Leaving Certificate Examination, 1923
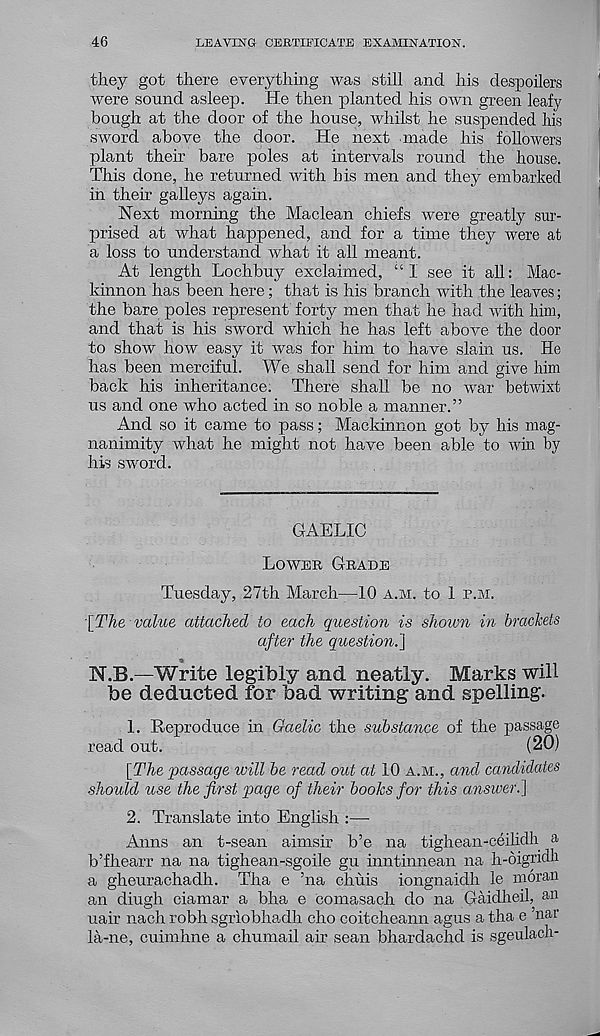
46
LEAVING CERTIFICATE EXAMINATION.
they got there everything was still and his despoilers
were sound asleep. He then planted his own green leafy
bough at the door of the house, whilst he suspended his
sword above the door. He next made his followers
plant their bare poles at intervals round the house.
This done, he returned with his men and they embarked
in their galleys again.
Next morning the Maclean chiefs were greatly sur-
prised at what happened, and for a time they were at
a loss to understand what it all meant.
At length Lochbuy exclaimed, “I see it all: Mac-
kinnon has been here; that is his branch with the leaves;
the bare poles represent forty men that he had with him,
and that is his sword which he has left above the door
to show how easy it was for him to have slain us. He
has been merciful. We shall send for him and give him
back his inheritance. There shall be no war betwixt
us and one who acted in so noble a manner.”
And so it came to pass; Mackinnon got by his mag-
nanimity what he might not have been able to win by
his sword.
GAELIC
Lower Grade
Tuesday, 27th March—10 a.m. to 1 p.m.
[The value attached to each question is shown in brackets
after the question.]
N.B.—Write legibly and neatly. Marks will
be deducted for bad writing and spelling.
1. Reproduce in Gaelic the substance of the passage
read out.
(20)
[The passage will be read out at 10 a.m., and candidates
should use the first page of their books for this answer.]
2. Translate into English :—•
Anns an t-sean aimsir b’e na tighean-ceilidh a
b’fhearr na na tighean-sgoile gu inntinnean na h-digridk
a gheurachadh. Tha e ’na chuis iongnaidh le moran
an diugh ciamar a bha e comasach do na Gaidheil, an
uair nach robh sgrlobhadh cho coitcheann agus a tha e nar
la-ne, cuimhne a chumail air sean bhardachd is sgeulach-